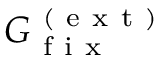
G _ { \mathrm { ~ f ~ i ~ x ~ } } ^ { \mathrm { ~ ( ~ e ~ x ~ t ~ ) ~ } }